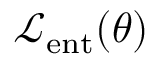
\mathcal { L } _ { \mathrm { e n t } } ( \theta )